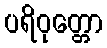
ပရိဝုတ္တော